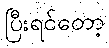
ပြီးရင်တော့